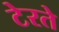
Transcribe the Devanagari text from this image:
टेरते